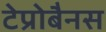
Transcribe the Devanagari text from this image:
टेप्रोबैनस